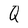
Character: Q